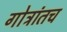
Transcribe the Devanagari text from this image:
गोत्रांतच